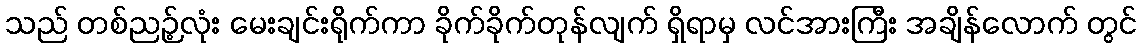
သည် တစ်ညဉ့်လုံး မေးချင်းရိုက်ကာ ခိုက်ခိုက်တုန်လျက် ရှိရာမှ လင်အားကြီး အချိန်လောက် တွင်